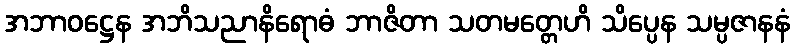
အဘာဝဋ္ဌေန အဘိသညာနိရောဓံ ဘာဇိတာ သတမတ္တေဟိ သိပ္ပေန သမ္ပဇာနနံ